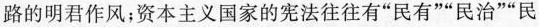
路的明君作风；资本主义国家的宪法往往有”民有””民治””民